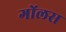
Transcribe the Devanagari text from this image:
गोंलस